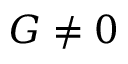
G \neq 0